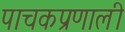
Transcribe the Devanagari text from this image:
पाचकप्रणाली